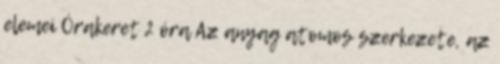
elemei Órakeret 2 óra Az anyag atomos szerkezete, az